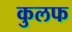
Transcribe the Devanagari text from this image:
कुलफ